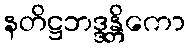
နတိဋ္ဌဘဒ္ဒန္တိကော